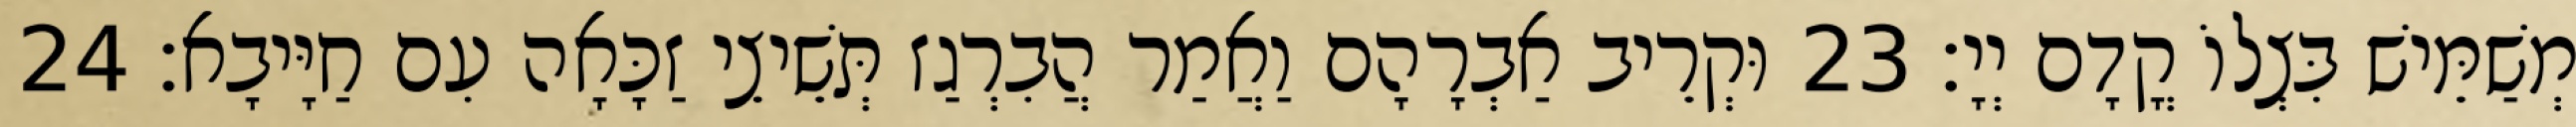
מְשַׁמֵּישׁ בִּצְלוֹ קֳדָם יְיָ׃ 23 וּקְרֵיב אַבְרָהָם וַאֲמַר הֲבִרְגַז תְּשֵׁיצֵי זַכָּאָה עִם חַיָּיבָא׃ 24